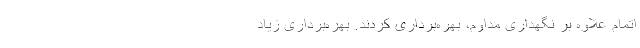
اتمام علاوه بر نگهداری مداوم، بهره‌برداری کردند. بهره‌برداری زیاد